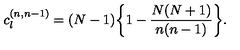
c _ { l } ^ { ( n , n - 1 ) } = ( N - 1 ) \bigg \{ 1 - { \frac { N ( N + 1 ) } { n ( n - 1 ) } } \bigg \} .